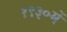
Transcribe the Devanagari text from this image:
१९३०में